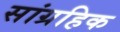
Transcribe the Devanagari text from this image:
सांग्रहिक